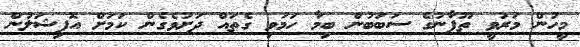
މީހުން މަރުވީ ތޫފާނުގެ ސަބަބުން ބިމާ ހަމަވި ގެތައް ދަށުވެގެން ކަމަށް އޮފިޝަލުން